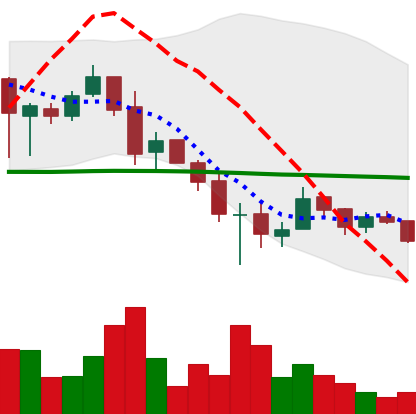
Ticker: XRP-USD
Chart end date: 2018-12-03
Forward return: -11.895%
Label: down_7plus